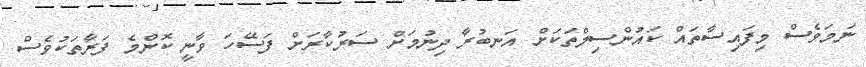
ނަމަވެސް މިފައިސާތައް ކައުންސިލްތަކަށް އަނބުރާ ދިނުމަށް ސަރުކާރަށް ފަސޭހަ ވާނީ ކޮންމެ ފަރާތަކުވެސް